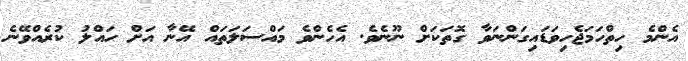
އެންމެ ހިތްހަމަޖެހިވަޑައިގަންނަވާ ގޮތަކަށް ނޫނެވެ. އެހެންވެ މައްސަލަތައް އޭނާ އަށް ހައްލު ކުރެއްވޭނެ